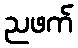
ညဖက်